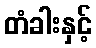
တံခါးနှင့်